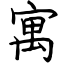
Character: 寓